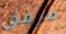
مرفق